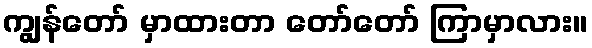
ကျွန်တော် မှာထားတာ တော်တော် ကြာမှာလား။